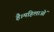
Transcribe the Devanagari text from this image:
है।महिलाओं